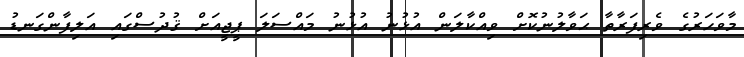
މާވަހަރުގެ ވެރިފަރާތާ ޙަވާލުނުކޮށް ވިއްކާލަން އުޅުނު އުޅުނު މައްސަލަ ޕީޖީއަށް ޤުދުސްގައި އަލިފާންގަނޑު